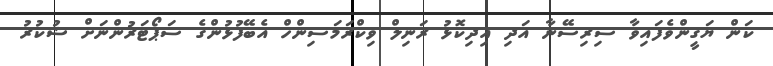
ކަން ޔަގީންވެފައިވާ ސިރިސޭނާ އަދި އިދިކޮޅު ރަނިލް ވިކްރަމަސިންހް އެބޭފުޅުންގެ ސަޕޯޓަރުންނަށް ޝުކުރު